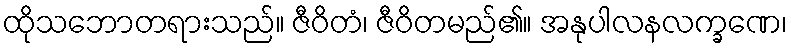
ထိုသဘောတရားသည်။ ဇီဝိတံ၊ ဇီဝိတမည်၏။ အနုပါလနလက္ခဏေ၊